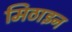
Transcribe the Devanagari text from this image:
मिठाइन